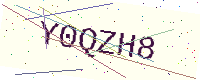
Text: Y0QZH8